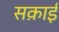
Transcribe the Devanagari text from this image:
सक़ाई